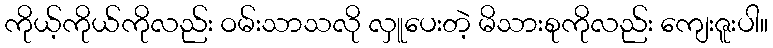
ကိုယ့်ကိုယ်ကိုလည်း ဝမ်းသာသလို လှူပေးတဲ့ မိသားစုကိုလည်း ကျေးဇူးပါ။